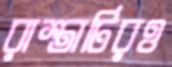
রাস্তাটিরও